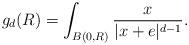
LaTeX: \begin{align*} g_d(R)=\int_{B(0,R)}\frac{x}{|x+e|^{d-1}}. \end{align*}